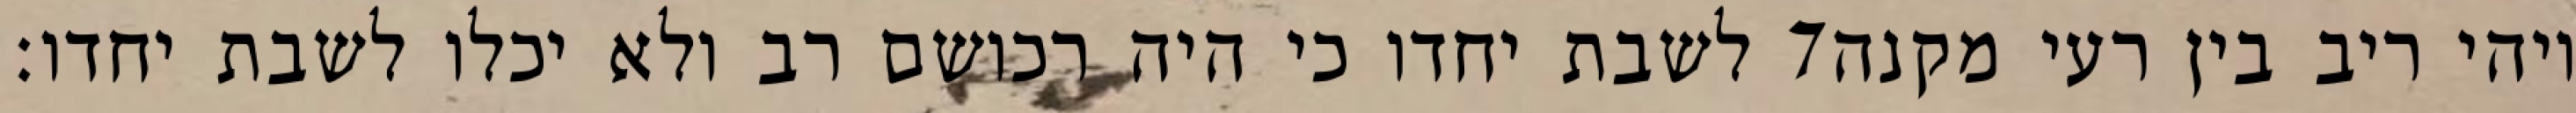
לשבת יחדו כי היה רכושם רב ולא יכלו לשבת יחדו׃ ‎7‏ ויהי ריב בין רעי מקנה